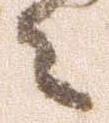
々